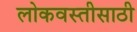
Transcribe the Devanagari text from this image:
लोकवस्तीसाठी